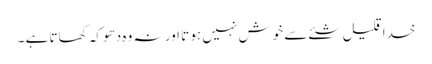
خدا قلیل شئے سے خوش نہیں ہو تا اور نہ وہ دھوکہ کھاتا ہے ۔